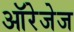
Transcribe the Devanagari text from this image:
ऑरेजेज